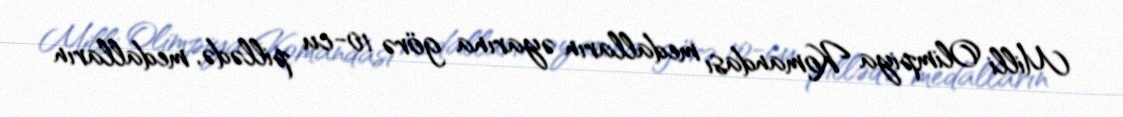
Milli Olimpiya Komandası medalların əyarına görə 10-cu pillədə, medalların